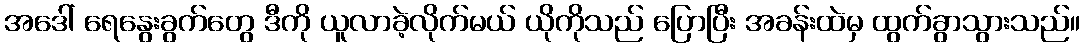
အဒေါ် ရေနွေးခွက်တွေ ဒီကို ယူလာခဲ့လိုက်မယ် ယိုကိုသည် ပြောပြီး အခန်းထဲမှ ထွက်ခွာသွားသည်။